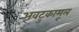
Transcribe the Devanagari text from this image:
अवटुकामूल